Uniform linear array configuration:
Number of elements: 4
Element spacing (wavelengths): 0.75
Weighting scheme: exponential
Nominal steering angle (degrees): -60
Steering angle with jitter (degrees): -59.26
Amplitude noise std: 0.05
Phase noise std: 0.05

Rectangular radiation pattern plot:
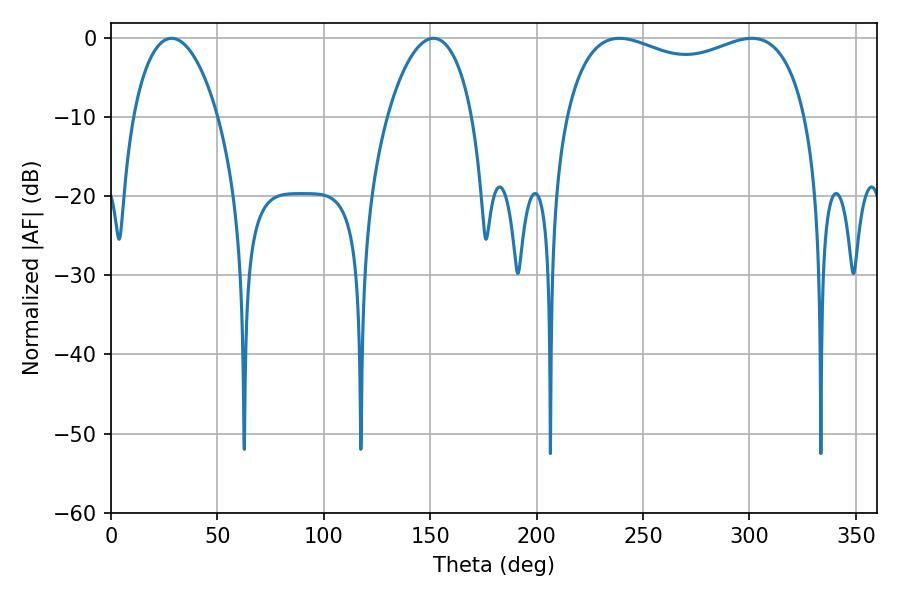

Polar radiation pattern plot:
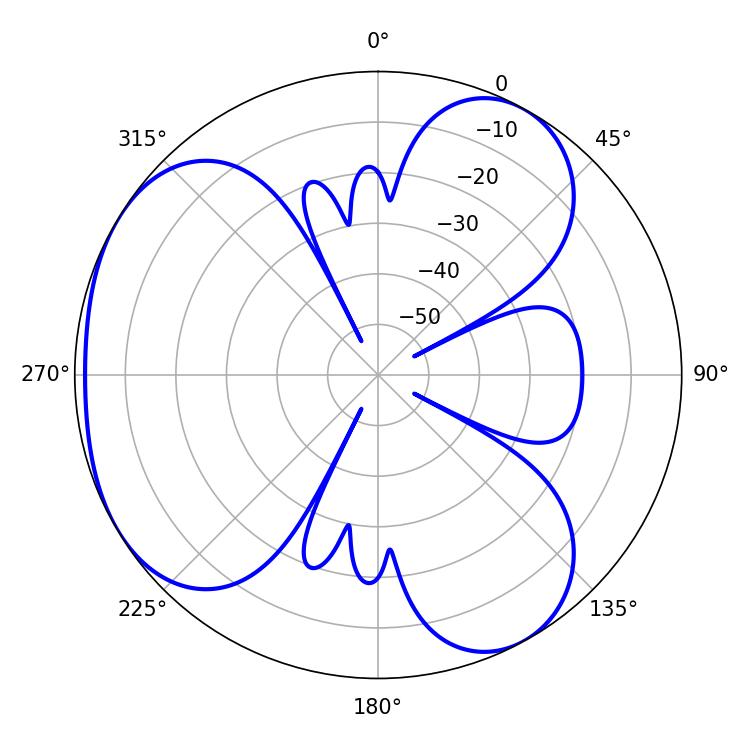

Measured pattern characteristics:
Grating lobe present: TRUE
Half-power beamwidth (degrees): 93.6
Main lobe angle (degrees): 238.86